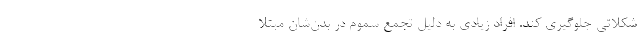
شکلاتی جلوگیری کند. افراد زیادی به دلیل تجمع سموم در بدن‌شان مبتلا